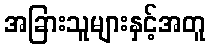
အခြားသူများနှင့်အတူ